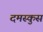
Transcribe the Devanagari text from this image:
दमस्कुस